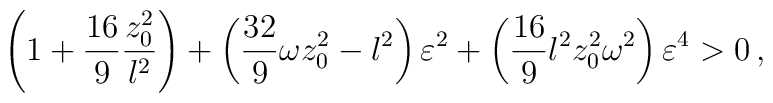
\left(1+{{16}\over 9} {{z_0 ^2}\over l^2} \right) + \left( {{32}\over9} \omega z_0 ^2 -l^2 \right) \varepsilon^2 + \left( {{16}\over 9} l^2z_0 ^2 \omega ^2 \right) \varepsilon^4 >0 \, ,